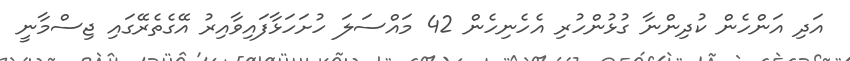
އަދި އަންހެން ކުދިންނާ ގުޅުންހުރި އެހެނިހެން 42 މައްސަލަ ހުށަހަޅާފައިވާއިރު އޭގެތެރޭގައި ޖިސްމާނީ